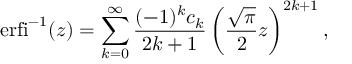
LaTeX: \operatorname { e r f i } ^ { - 1 } ( z ) = \sum _ { k = 0 } ^ { \infty } { \frac { ( - 1 ) ^ { k } c _ { k } } { 2 k + 1 } } \left( { \frac { \sqrt { \pi } } { 2 } } z \right) ^ { 2 k + 1 } ,